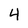
Character: 4